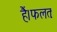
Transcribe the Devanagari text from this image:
हैं।फलतः